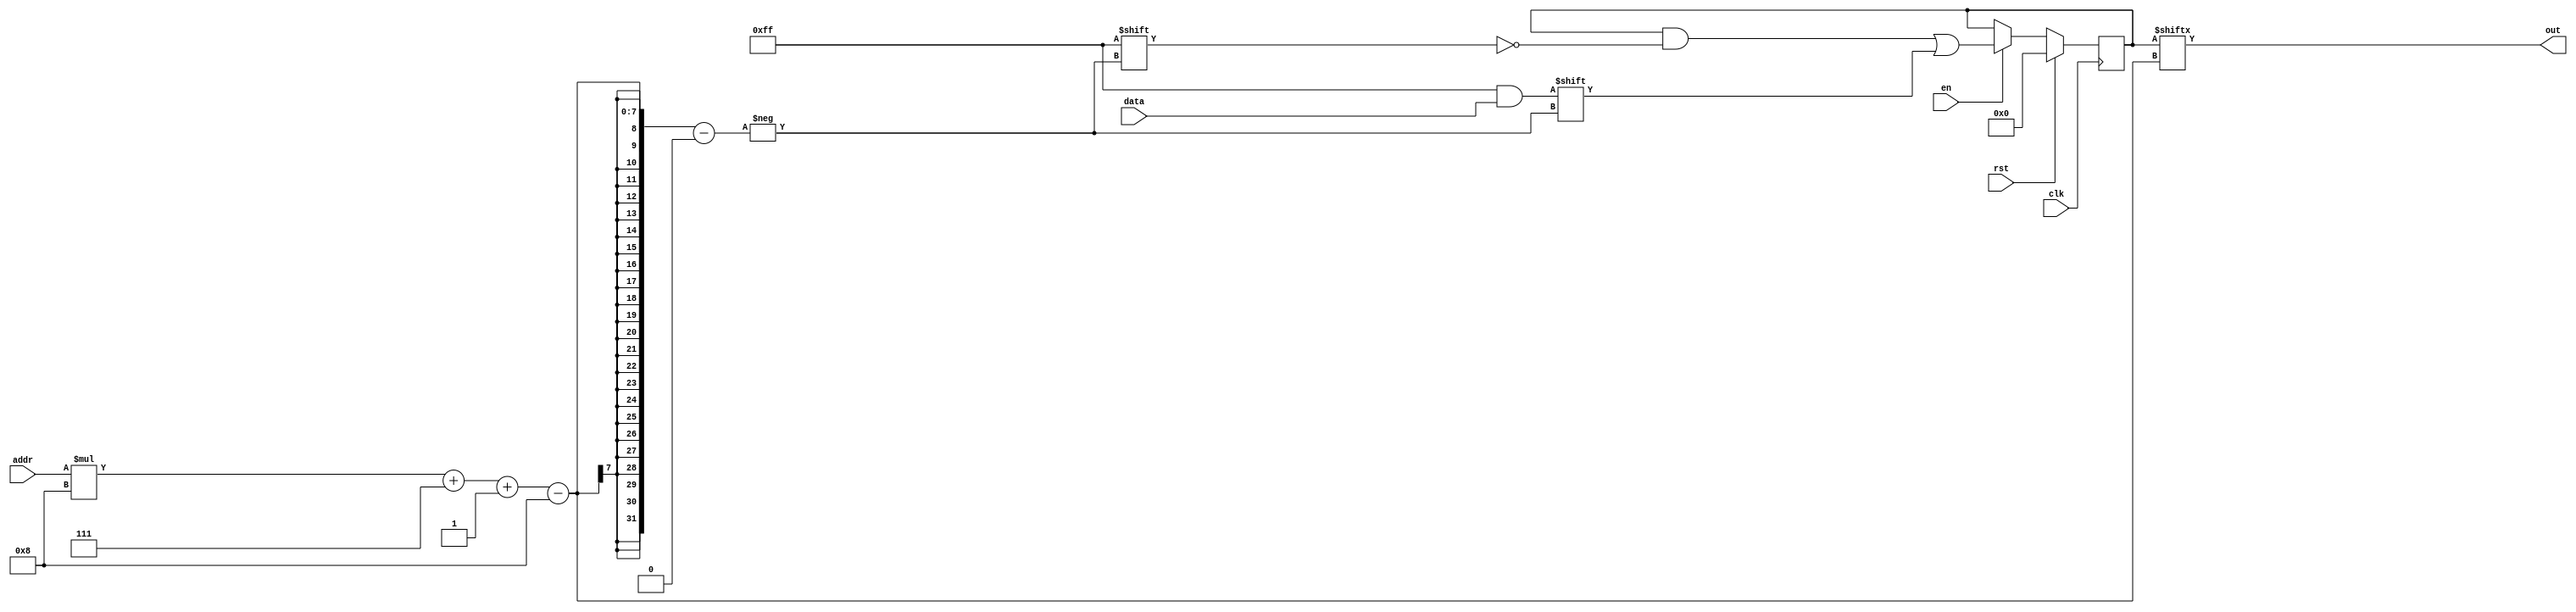
/*
   This file was generated automatically by the Mojo IDE version B1.3.6.
   Do not edit this file directly. Instead edit the original Lucid source.
   This is a temporary file and any changes made to it will be destroyed.
*/

module registerSetup_20 (
    input clk,
    input en,
    input rst,
    input [0:0] addr,
    input [7:0] data,
    output reg [7:0] out
  );
  
  
  
  reg [7:0] M_regs_d, M_regs_q = 1'h0;
  
  always @* begin
    M_regs_d = M_regs_q;
    
    if (en == 1'h1) begin
      M_regs_d[(addr)*8+7-:8] = data;
    end
    out = M_regs_q[(addr)*8+7-:8];
  end
  
  always @(posedge clk) begin
    if (rst == 1'b1) begin
      M_regs_q <= 1'h0;
    end else begin
      M_regs_q <= M_regs_d;
    end
  end
  
endmodule